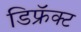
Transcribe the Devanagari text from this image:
डिफ्रॅक्ट